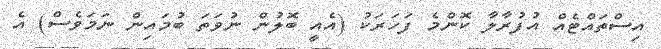
އިސްތައްޓެއް އުފުރާލާ ކޮންމެ ފަހަރަކު (އެއީ ބޮލުން ނުވަތަ ބުމައިން ނަމަވެސް) އެ